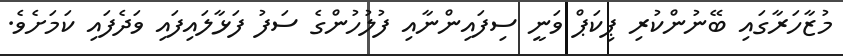
މުޒާހަރާގައި ބޭނުންކުރި ޕިކަޕް ވަނީ ސިފައިންނާއި ފުލުހުންގެ ސަފު ފަޅާލައިފައި ވަދެފައި ކަމަށެވެ.